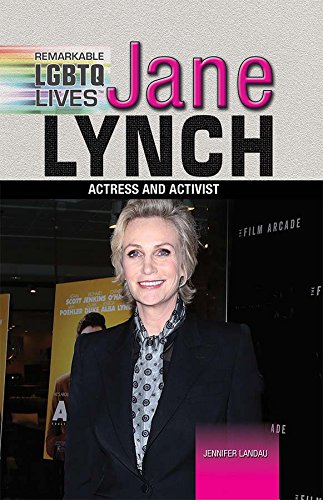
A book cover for Jane Lynch: Actress and Activist (Remarkable Lgbtq Lives); Jennifer Landau; Gay & Lesbian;